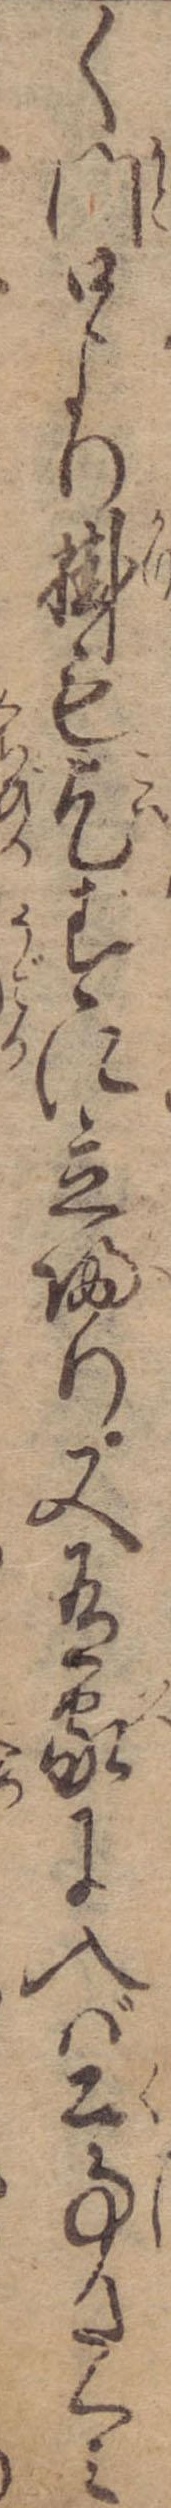
く門口より掛も乞ずに立帰り又有家に入ば公事たくみ